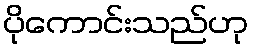
ပိုကောင်းသည်ဟု